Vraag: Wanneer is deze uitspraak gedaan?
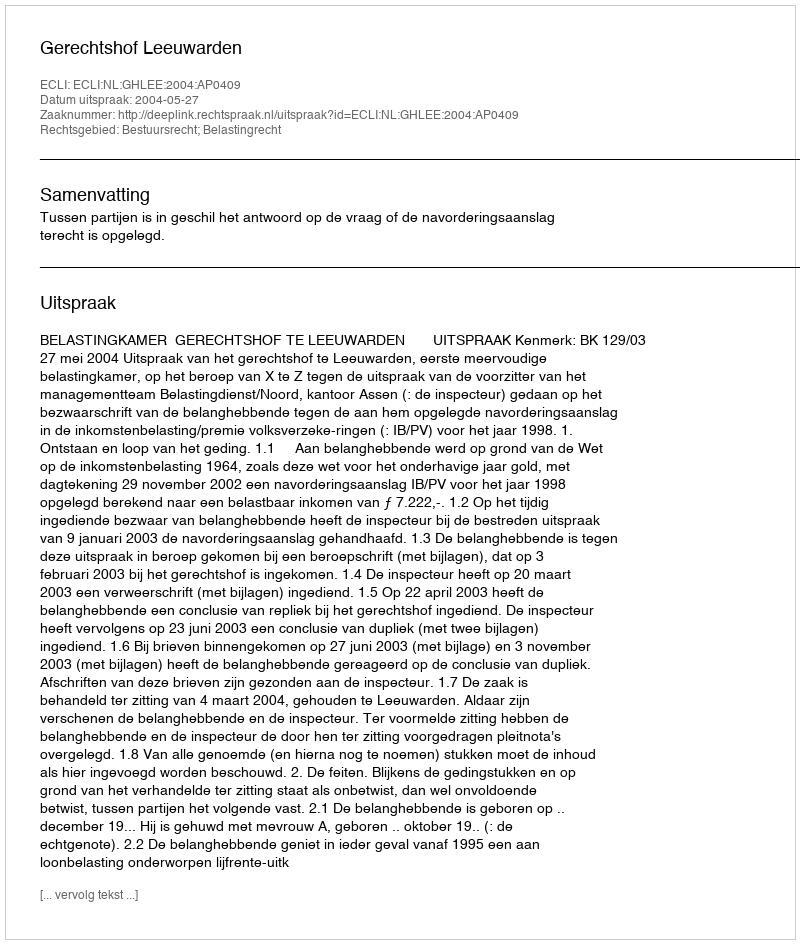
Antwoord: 2004-05-27